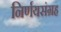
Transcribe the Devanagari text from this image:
निर्णयसंग्रह